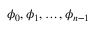
\boldsymbol { \phi } _ { 0 } , \boldsymbol { \phi } _ { 1 } , \ldots , \boldsymbol { \phi } _ { n - 1 }